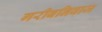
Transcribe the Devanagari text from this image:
गरीबनिवाज